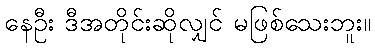
နေဦး ဒီအတိုင်းဆိုလျှင် မဖြစ်သေးဘူး။